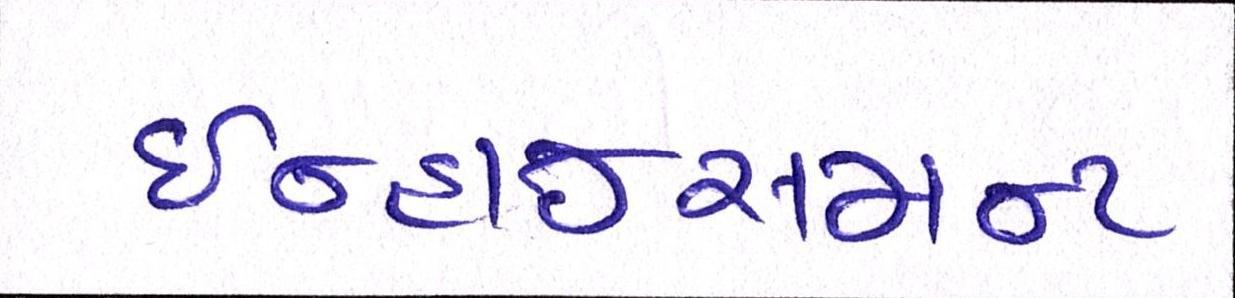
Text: ઇન્હાન્સમન્ટ